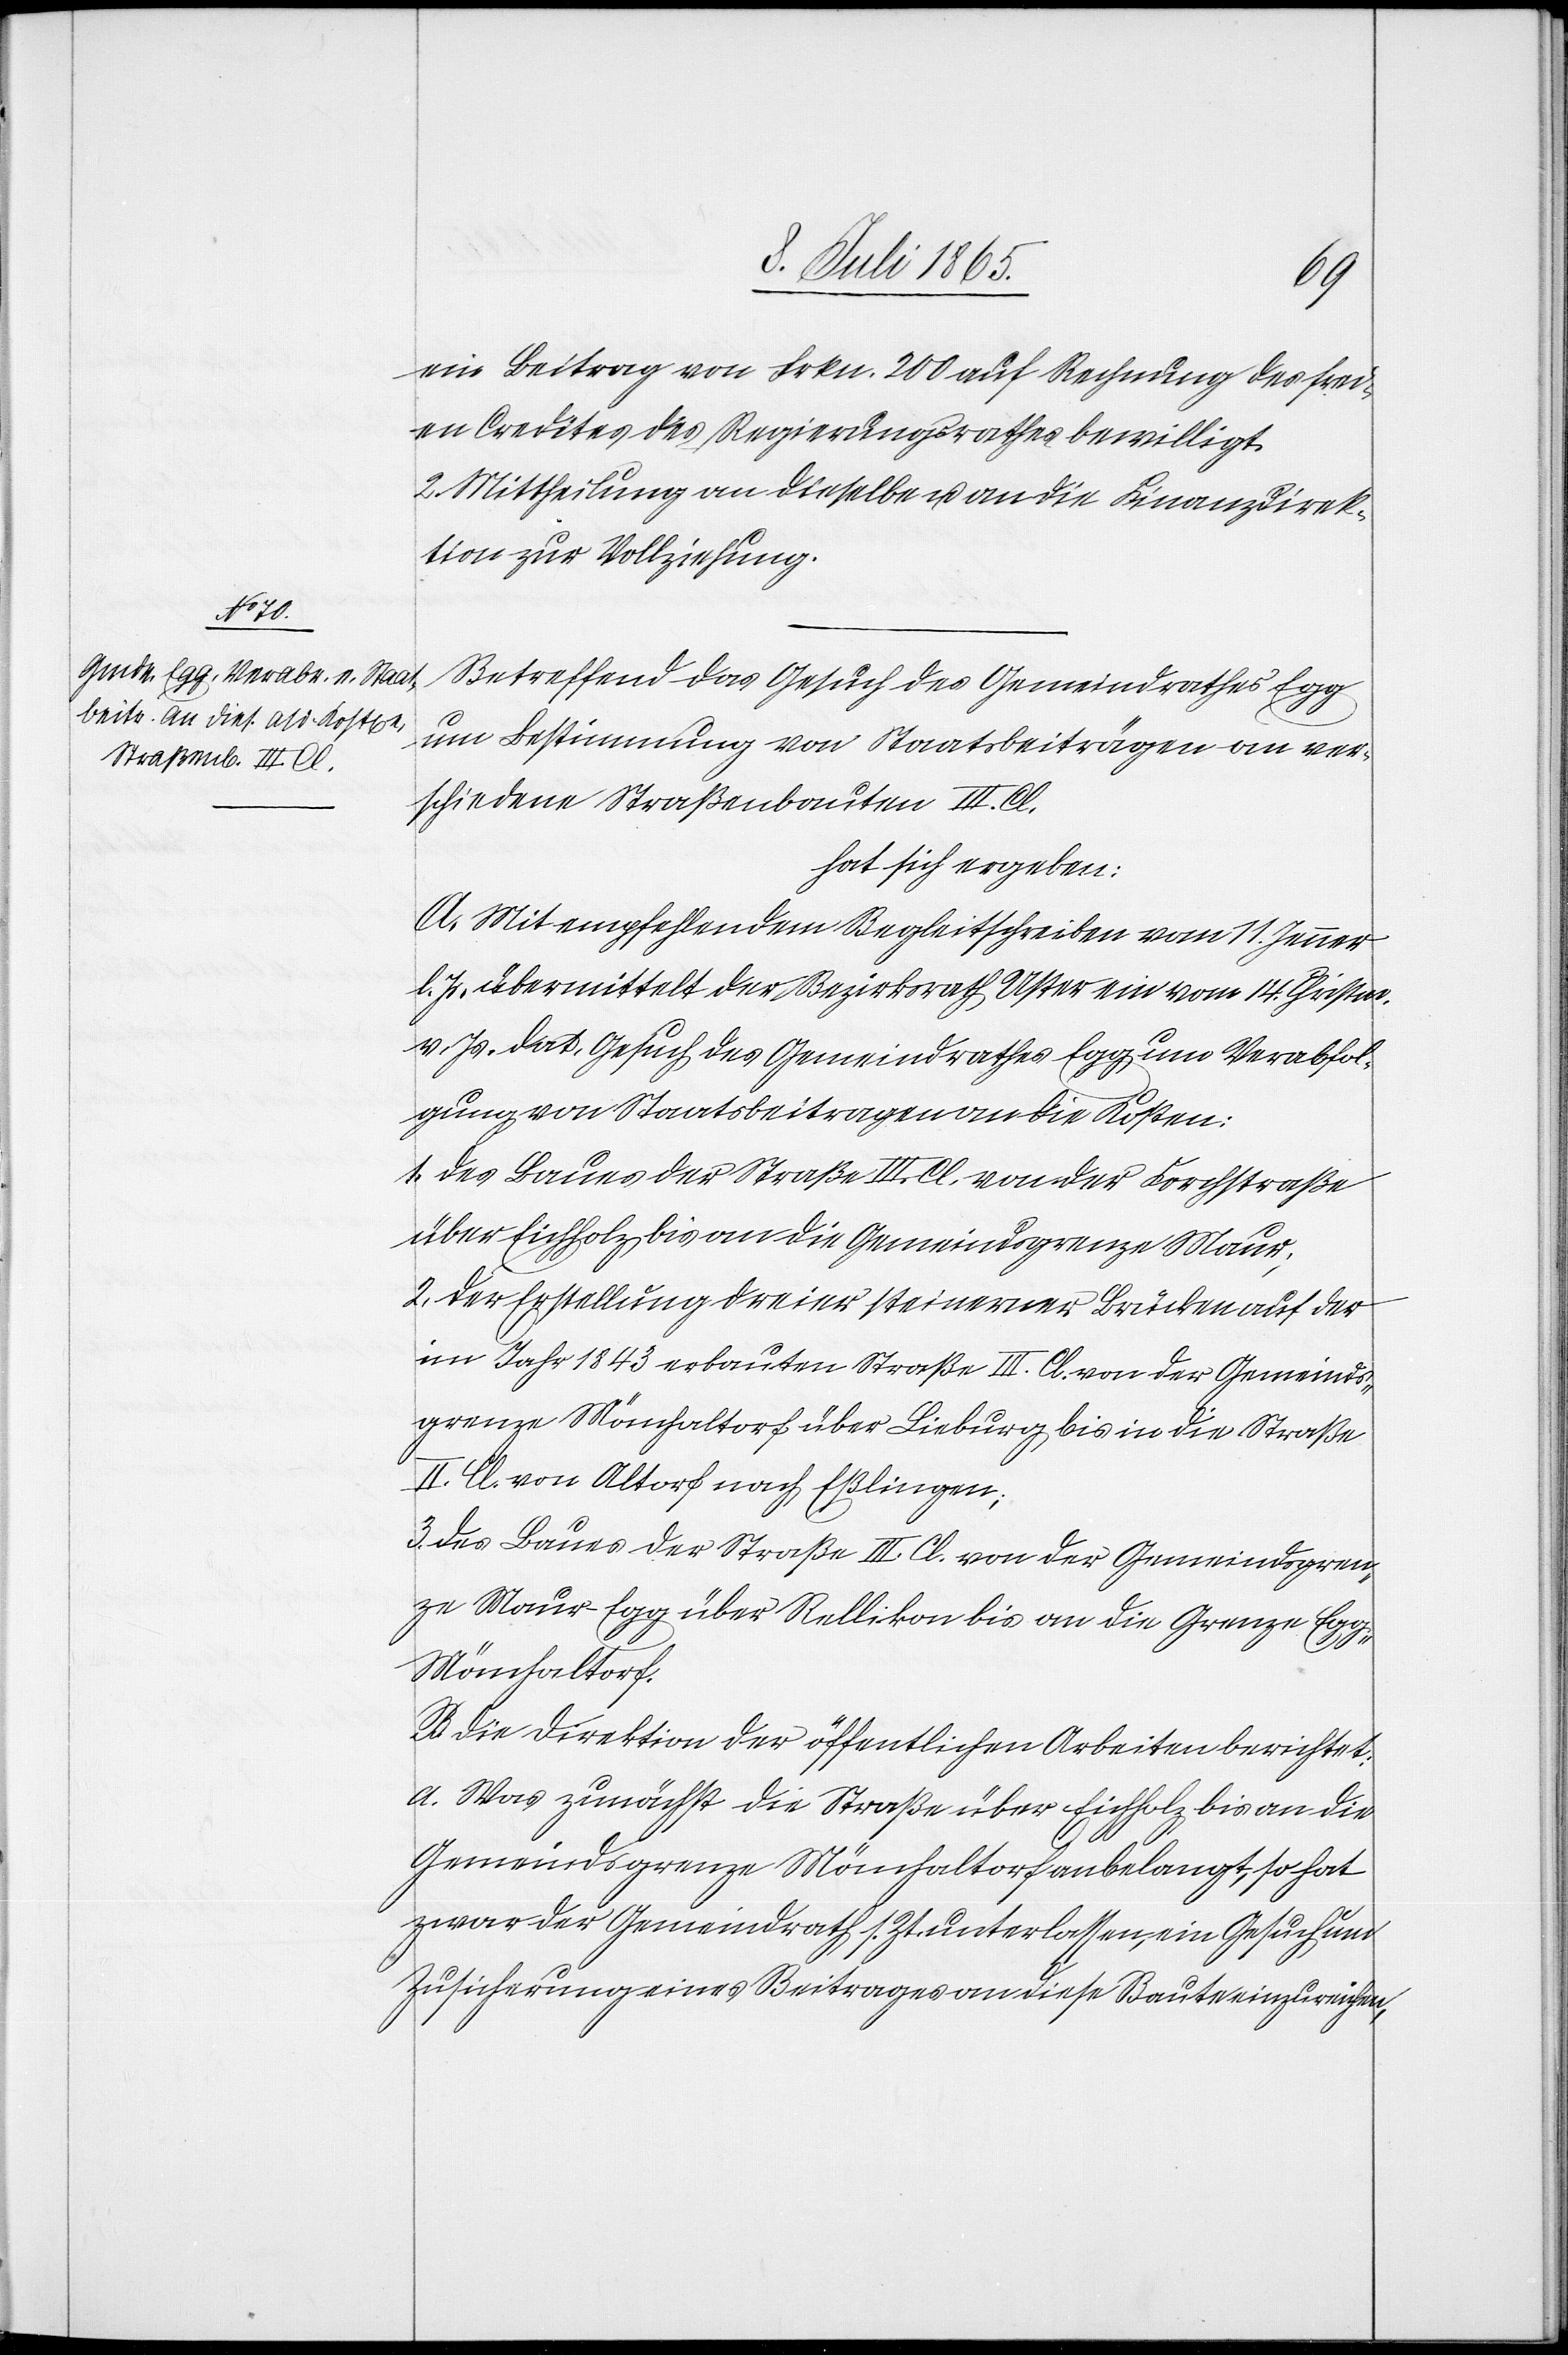
ein Beitrag von Frkn. 200 auf Rechnung des frei¬
en Credites des Regierungsrathes bewilligt.
2. Mittheilung an dieselbe u. an die Finanzdirek¬
tion zur Vollziehung.
Betreffend das Gesuch des Gemeindrathes Egg
um Bestimmung von Staatsbeiträgen an ver¬
schiedene Straßenbauten III. Cl.
hat sich ergeben:
A. Mit empfehlendem Begleitschreiben vom 11. Jenner
l. Js. übermittelt der Bezirksrath Uster ein vom 14. Christm.
v. Js. dat. Gesuch des Gemeindrathes Egg um Verabfol¬
gung von Staatsbeitragen an die Kosten:
1. Des Baues der Straße III. Cl. von der Forchstraße
über Eichholz bis an die Gemeindsgrenze Maur;
2. Der Erstellung dreier steinerner Brücken auf der
im Jahr 1843 erbauten Straße III. Cl. von der Gemeinds¬
grenze Mönchaltorf über Lieburg bis an die Straße
II. Cl. von Altorf nach Eßlingen;
3. Des Baues der Straße III. Cl. von der Gemeindsgren¬
ze Maur-Egg über Rellikon bis an die Grenze Eg¬
g-Mönchaltorf.
B. Die Direktion der öffentlichen Arbeiten berichtet:
a. Was zunächst die Straße über Eichholz bis an die
Gemeindsgrenze Mönchaltorf anbelangt, so hat
zwar der Gemeindrath s. Zt. unterlassen, ein Gesuch um
Zusicherung eines Beitrages an diese Baute einzureichen,